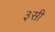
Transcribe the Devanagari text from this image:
३सी